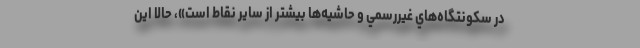
در سكونتگاه‌هاي غيررسمي و حاشيه‌ها بيشتر از ساير نقاط است»، حالا اين